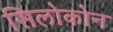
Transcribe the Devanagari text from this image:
सिलोकोन